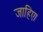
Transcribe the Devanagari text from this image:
जाहिए।